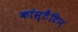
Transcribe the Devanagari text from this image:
कांस्टैंटिन